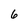
Character: 6